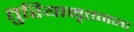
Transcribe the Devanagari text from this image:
तुरियामृतनन्द